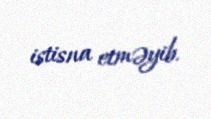
istisna etməyib.